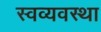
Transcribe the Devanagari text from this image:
स्वव्यवस्था